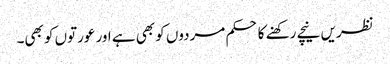
نظریں نیچے رکھنے کا حکم مردوں کو بھی ہے اور عورتوں کو بھی۔